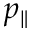
p _ { \parallel }